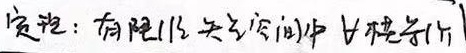
定理：有限维实向量空间中  线性无关